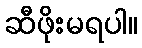
ဆီဖိုးမရပါ။